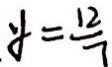
y = \frac { 1 2 } { 7 }